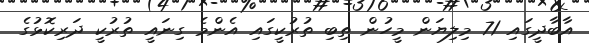
އާބާދީގައި 71 މިލިޔަން މީހުން ތިބި ތުރުކީގައި އެންމެ ގިނައީ ތުރުކީ ދަރިކޮޅުގެ